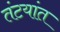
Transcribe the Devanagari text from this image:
तंटयांत